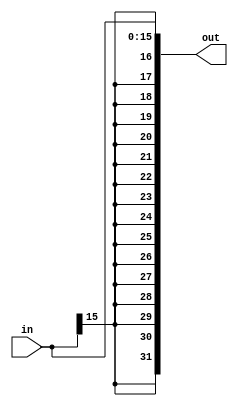
// Texas A&M University          //
// cpsc350 Computer Architecture //
// $Id: signextend.v,v 1.1 2001/11/07 19:25:23 miket Exp miket $ //
// A insize->outsize sign extender //
module SIGN_EXTEND(in, out);
   parameter INSIZE = 16, OUTSIZE = 32;

   input [INSIZE-1:0] in;
   output [OUTSIZE-1:0] out;
   assign 	 out = {{ OUTSIZE-INSIZE {in[INSIZE-1]}}, in};
endmodule // SIGN_EXTEND